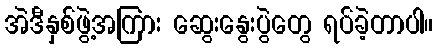
အဲဒီနှစ်ဖွဲ့အကြား ဆွေးနွေးပွဲတွေ ရပ်ခဲ့တာပါ။